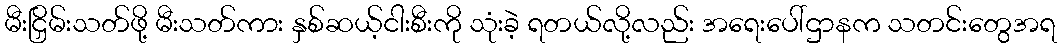
မီးငြှိမ်းသတ်ဖို့ မီးသတ်ကား နှစ်ဆယ့်ငါးစီးကို သုံးခဲ့ ရတယ်လို့လည်း အရေးပေါ်ဌာနက သတင်းတွေအရ